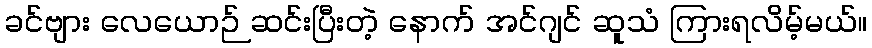
ခင်ဗျား လေယောဉ် ဆင်းပြီးတဲ့ နောက် အင်ဂျင် ဆူသံ ကြားရလိမ့်မယ်။